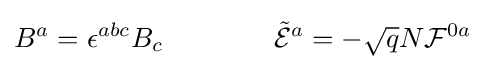
B^{a}=\epsilon ^{abc}B_{c}\qquad \qquad {\tilde {\mathcal {E}}}^{a}=-{\sqrt {q}}N{\mathcal {F}}^{0a}